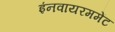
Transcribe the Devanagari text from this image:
इंनवायरममेंट